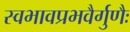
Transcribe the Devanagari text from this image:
स्वभावप्रभवैर्गुणैः